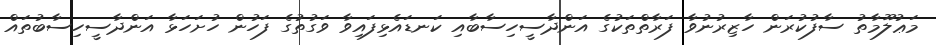
މަޢުލޫމާތު ސާފުކުރަން ހާޒިރުނުވާ ފަރާތްތަކުގެ އަންދާސީހިސާބާއި ކަނޑައެޅިފައިވާ ވަގުތުގެ ފަހުން ހުށަހަޅާ އަންދާސީހިސާބުތައް